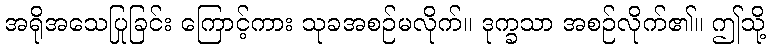
အရိုအသေပြုခြင်း ကြောင့်ကား သုခအစဉ်မလိုက်။ ဒုက္ခသာ အစဉ်လိုက်၏။ ဤသို့